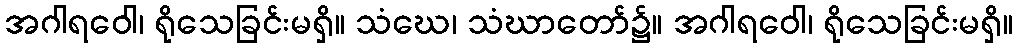
အဂါရဝေါ၊ ရိုသေခြင်းမရှိ။ သံဃေ၊ သံဃာတော်၌။ အဂါရဝေါ၊ ရိုသေခြင်းမရှိ။